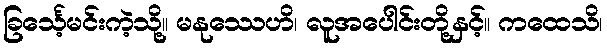
ခြင်္သေ့မင်းကဲ့သို့။ မနုဿေဟိ၊ လူအပေါင်းတို့နှင့်။ ကထေသိ၊